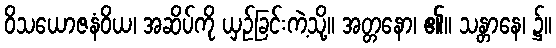
ဝိသယောဇနံဝိယ၊ အဆိပ်ကို ယှဉ်ခြင်းကဲ့သို့။ အတ္တနော၊ ၏။ သန္တာနေ၊ ၌။